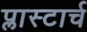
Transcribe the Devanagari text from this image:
प्लास्टार्च